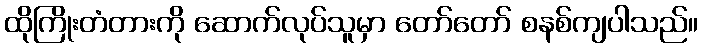
ထိုကြိုးတံတားကို ဆောက်လုပ်သူမှာ တော်တော် စနစ်ကျပါသည်။